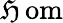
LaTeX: \operatorname{\mathfrak{H}om}